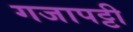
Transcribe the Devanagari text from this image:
गजापट्टी